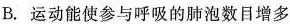
B.运动能使参与呼吸的肺泡数目增多